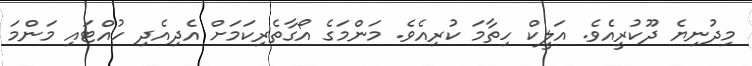
މިދުނިޔެ ދޫކުރީއެވެ. އަލީކް ހިތާމަ ކުރިއެވެ. މަންމަގެ އޯގާތެރިކަމަށް އެދިއެދި ހުއްޓައި މަންމަ